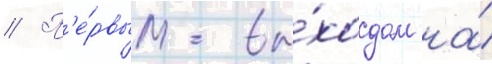
// П'е́рвым вы́ходом на́